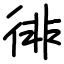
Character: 徘